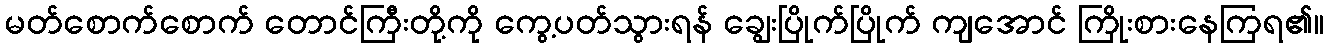
မတ်စောက်စောက် တောင်ကြီးတို့ကို ကွေ့ပတ်သွားရန် ချွေးပြိုက်ပြိုက် ကျအောင် ကြိုးစားနေကြရ၏။